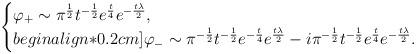
LaTeX: \begin{align*}\begin{cases}\varphi_{+}\sim \pi^{\frac{1}{2}}t^{-\frac{1}{2}}e^{\frac{t}{4}}e^{-\frac{t\lambda}{2}},\\begin{align*}0.2cm]\varphi_{-}\sim \pi^{-\frac{1}{2}}t^{-\frac{1}{2}}e^{-\frac{t}{4}}e^{\frac{t\lambda}{2}}-i\pi^{-\frac{1}{2}}t^{-\frac{1}{2}}e^{\frac{t}{4}}e^{-\frac{t\lambda}{2}}.\end{cases}\end{align*}